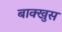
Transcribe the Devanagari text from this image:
बाक्खुस